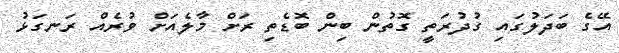
އޭގެ ބަދަލުގައި ގުދުރަތީ ގޮތުން ބިން ބޮޑެތި ރަށް މާލެއަށް ވުރެއް ރަނގަޅު